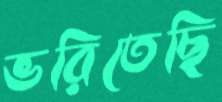
ভরিতেছি